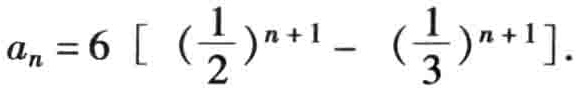
\(a_{n}=6\left[\left(\frac{1}{2}\right)^{n + 1}-\left(\frac{1}{3}\right)^{n + 1}\right]\)